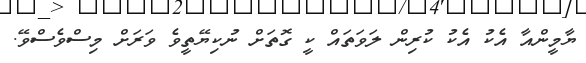
ޔާމީންއާ އެކު އެކު ކުރިން ލަވަތައް ކީ ގޮތަށް ނުކިޔޭތީވެ ވަރަށް މިސްވެސްވޭ.